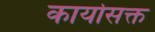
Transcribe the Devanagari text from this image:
कार्यासक्त